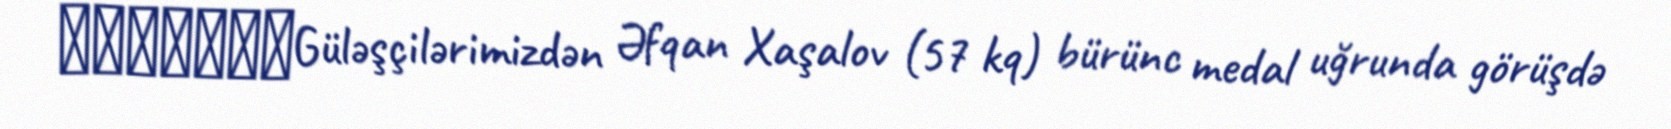
​​​​​​​Güləşçilərimizdən Əfqan Xaşalov (57 kq) bürünc medal uğrunda görüşdə